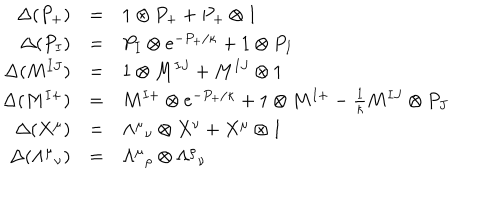
\begin{array} { r c l } { { \Delta ( P _ { + } ) } } & { { = } } & { { 1 \otimes P _ { + } + P _ { + } \otimes 1 } } \\ { { \Delta ( P _ { I } ) } } & { { = } } & { { P _ { I } \otimes e ^ { - P _ { + } / \kappa } + 1 \otimes P _ { I } } } \\ { { \Delta ( M ^ { I J } ) } } & { { = } } & { { 1 \otimes M ^ { I J } + M ^ { I J } \otimes 1 } } \\ { { \Delta ( M ^ { I + } ) } } & { { = } } & { { M ^ { I + } \otimes e ^ { - P _ { + } / \kappa } + 1 \otimes M ^ { I + } - \frac { 1 } { \kappa } M ^ { I J } \otimes P _ { J } } } \\ { { \Delta ( X ^ { \mu } ) } } & { { = } } & { { \Lambda ^ { \mu } { } _ { \nu } \otimes X ^ { \nu } + X ^ { \mu } \otimes 1 } } \\ { { \Delta ( \Lambda ^ { \mu } { } _ { \nu } ) } } & { { = } } & { { \Lambda ^ { \mu } { } _ { \rho } \otimes \Lambda ^ { \rho } { } _ { \nu } } } \\ \end{array}